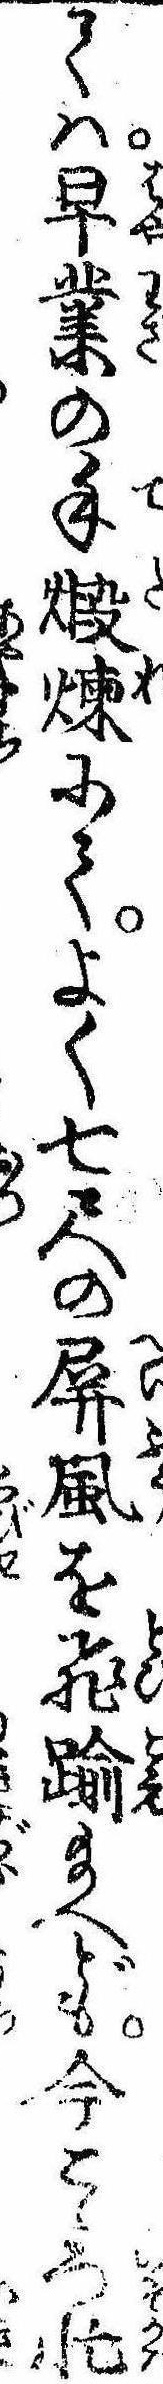
ては早業の手煆煉にてよく七尺の屏風を飛踰給へども今こゝろ忙